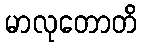
မာလုတောတိ